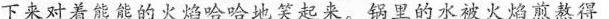
下来对着能能的火焰哈哈地笑起来。锅里的水被火焰前敖得